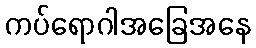
ကပ်ရောဂါအခြေအနေ